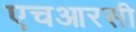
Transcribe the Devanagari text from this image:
एचआरसी